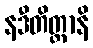
နဒီတိတ္ထာနိ